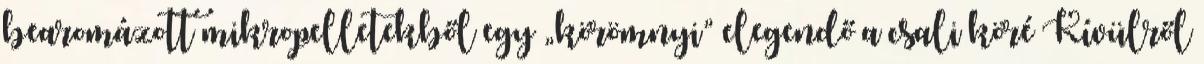
bearomázott mikropelletekből egy „körömnyi” elegendő a csali köré Kívülről